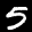
Label: 5